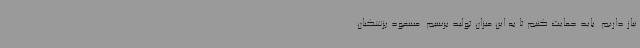
نیاز داریم. باید حمایت کنیم تا به این میزان تولید برسیم. مسعود پزشکیان